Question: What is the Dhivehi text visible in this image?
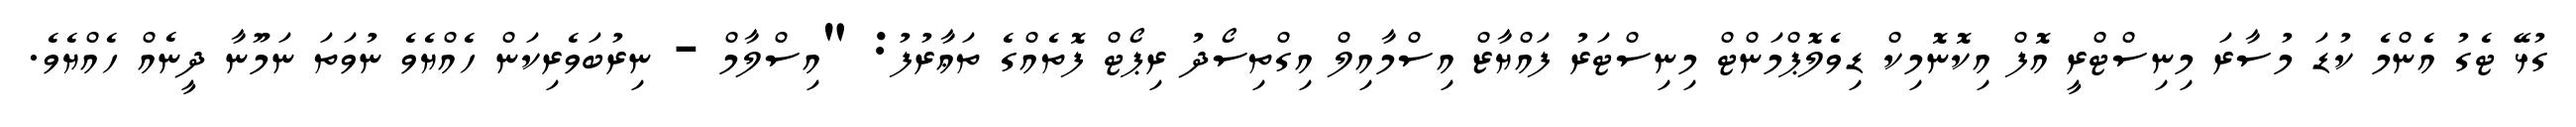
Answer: ގުޅޭ ޓެގު އެންމެ ކުޑަ މުސާރަ މިނިސްޓްރީ އޮފް އިކޮނޮމިކް ޑިވެލޮޕްމަންޓް މިނިސްޓަރު ފައްޔާޒް އިސްމާއިލް އިގްތިސޯދު ރިޕޯޓް ފޮތެއްގެ ތަޢާރުފު: "އިސްލާމް - ނިރުބަވެރިކަން ހެއްޔެވެ ނުވަތަ ނަމޫނާ ދީނެއް ހެއްޔެވެ.